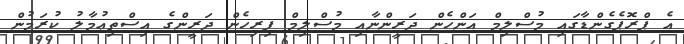
އެ ޕްރޮޕެގެންޑާގައި މުސްލިމް އަންހެން ދަރީންނާއި މުސްލިމް ފިރިހެން ދަރީންގެ އިސްތިޢުމާލު ކުރަމުން